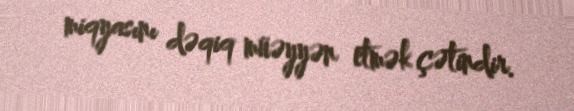
miqyasını dəqiq müəyyən etmək çətindir.